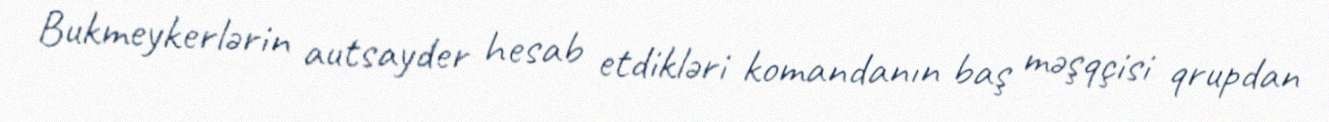
Bukmeykerlərin autsayder hesab etdikləri komandanın baş məşqçisi qrupdan